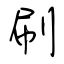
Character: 刷